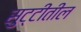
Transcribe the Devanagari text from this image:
सुट्टीतील